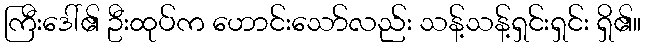
ကြီးဒေါ်၏ ဦးထုပ်က ဟောင်းသော်လည်း သန့်သန့်ရှင်းရှင်း ရှိ၏။